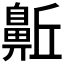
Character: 𪖛